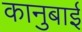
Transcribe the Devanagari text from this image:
कानुबाई